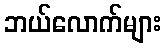
ဘယ်လောက်များ